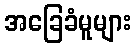
အခြေခံမူများ